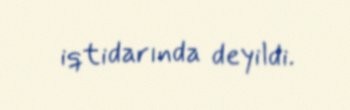
iqtidarında deyildi.